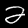
Label: 2